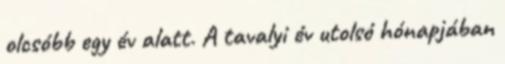
olcsóbb egy év alatt. A tavalyi év utolsó hónapjában